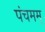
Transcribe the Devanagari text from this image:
पंचमम्